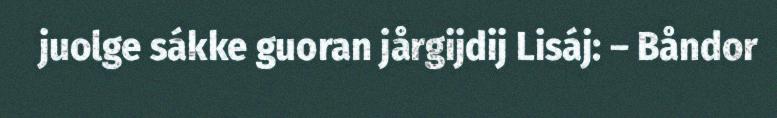
juolge sákke guoran jårgijdij Lisáj: – Båndor